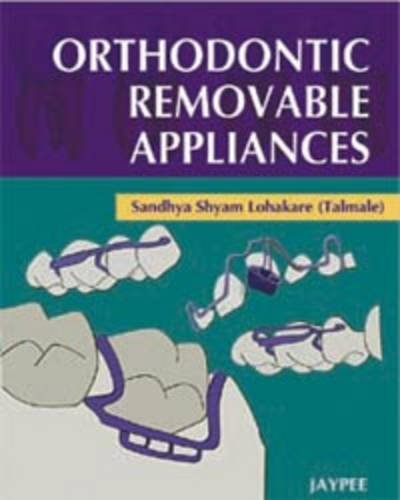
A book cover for Orthodontic Removable Appliances; S. S. Lohakare; Medical Books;